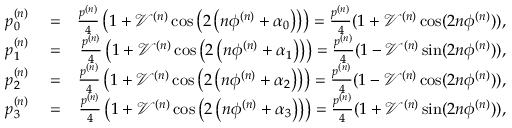
\begin{array} { r l r } { p _ { 0 } ^ { ( n ) } } & { { } = } & { \frac { p ^ { ( n ) } } { 4 } \left( 1 + \mathcal { V } ^ { ( n ) } \cos \left( 2 \left( n \phi ^ { ( n ) } + \alpha _ { 0 } \right) \right) \right) = \frac { p ^ { ( n ) } } { 4 } ( 1 + \mathcal { V } ^ { ( n ) } \cos ( 2 n \phi ^ { ( n ) } ) ) , } \\ { p _ { 1 } ^ { ( n ) } } & { { } = } & { \frac { p ^ { ( n ) } } { 4 } \left( 1 + \mathcal { V } ^ { ( n ) } \cos \left( 2 \left( n \phi ^ { ( n ) } + \alpha _ { 1 } \right) \right) \right) = \frac { p ^ { ( n ) } } { 4 } ( 1 - \mathcal { V } ^ { ( n ) } \sin ( 2 n \phi ^ { ( n ) } ) ) , } \\ { p _ { 2 } ^ { ( n ) } } & { { } = } & { \frac { p ^ { ( n ) } } { 4 } \left( 1 + \mathcal { V } ^ { ( n ) } \cos \left( 2 \left( n \phi ^ { ( n ) } + \alpha _ { 2 } \right) \right) \right) = \frac { p ^ { ( n ) } } { 4 } ( 1 - \mathcal { V } ^ { ( n ) } \cos ( 2 n \phi ^ { ( n ) } ) ) , } \\ { p _ { 3 } ^ { ( n ) } } & { { } = } & { \frac { p ^ { ( n ) } } { 4 } \left( 1 + \mathcal { V } ^ { ( n ) } \cos \left( 2 \left( n \phi ^ { ( n ) } + \alpha _ { 3 } \right) \right) \right) = \frac { p ^ { ( n ) } } { 4 } ( 1 + \mathcal { V } ^ { ( n ) } \sin ( 2 n \phi ^ { ( n ) } ) ) , } \end{array}